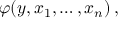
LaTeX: \varphi ( y , x _ { 1 } , \ldots , x _ { n } ) \, ,